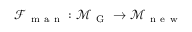
\mathcal { F } _ { \mathrm { ~ m ~ a ~ n ~ } } : \mathcal { M } _ { \mathrm { ~ G ~ } } \to \mathcal { M } _ { \mathrm { ~ n ~ e ~ w ~ } }